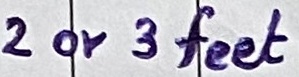
Text: 2 or 3 feet